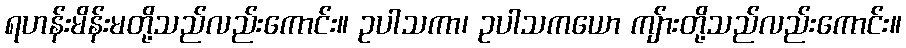
ရဟန်းမိန်းမတို့သည်လည်းကောင်း။ ဥပါသကာ၊ ဥပါသကယော ကျ်ားတို့သည်လည်းကောင်း။